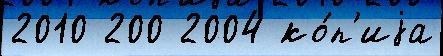
2010 200 2004 ко́п'иjа